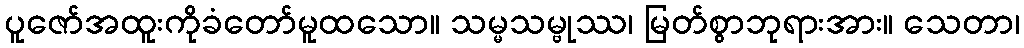
ပူဇော်အထူးကိုခံတော်မူထသော။ သမ္မသမ္ဗုဿ၊ မြတ်စွာဘုရားအား။ သေတာ၊